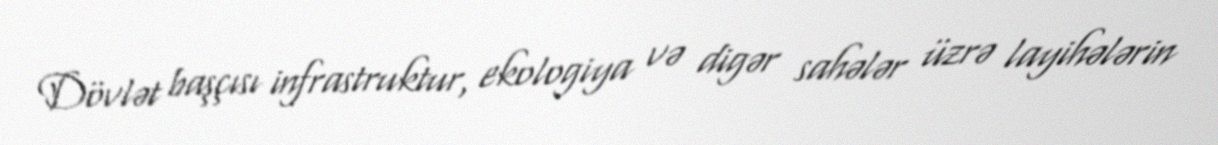
Dövlət başçısı infrastruktur, ekologiya və digər sahələr üzrə layihələrin